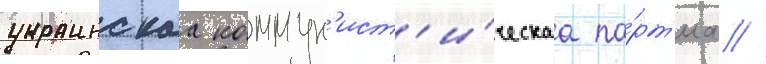
украинскаа коммун'ист'и́ческаа па́рт'иа //